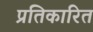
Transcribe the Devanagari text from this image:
प्रतिकारित